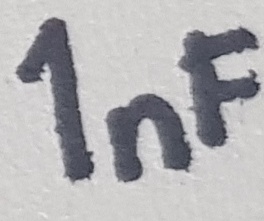
Text: 1nF